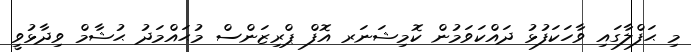
މި ޙަފްލާގައި ވާހަކަފުޅު ދައްކަވަމުން ކޮމިޝަނަރ އޮފް ޕްރިޒަންސް މުޙައްމަދު ޙުޝާމް ވިދާޅުވީ